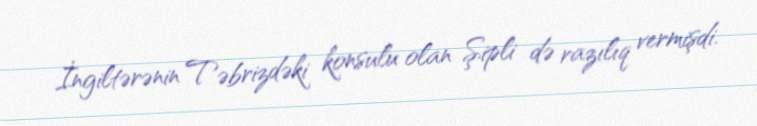
İngiltərənin Təbrizdəki konsulu olan Şipli də razılıq vermişdi.